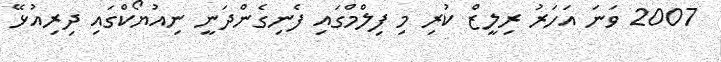
2007 ވަނަ އަހަރު ރިލީޒް ކުރި މި ފިލްމްގައި ފެނިގެންދަނީ ނިއުޔޯކްގައި ދިރިއުޅޭ